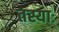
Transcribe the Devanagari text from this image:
तस्याः